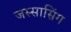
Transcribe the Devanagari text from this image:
जस्सासिंग